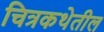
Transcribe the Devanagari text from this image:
चित्रकथेतील